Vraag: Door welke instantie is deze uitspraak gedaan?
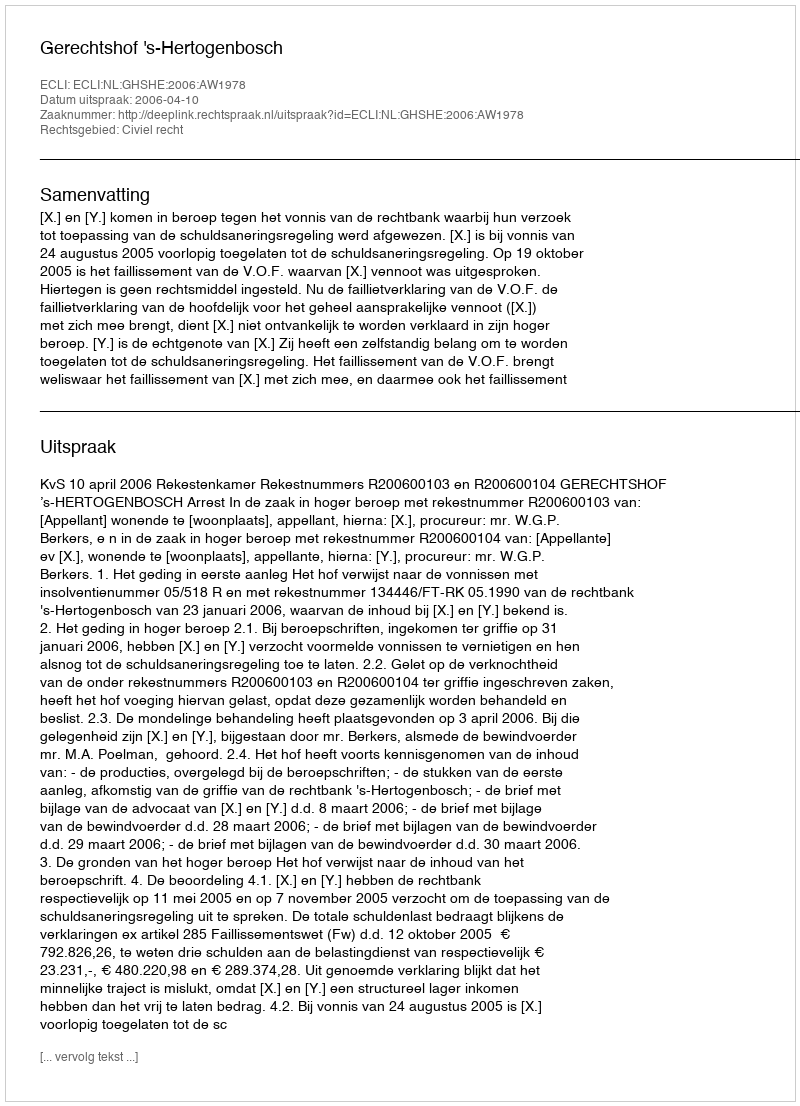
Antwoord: Gerechtshof 's-Hertogenbosch